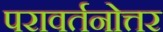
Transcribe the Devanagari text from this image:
परावर्तनोत्तर